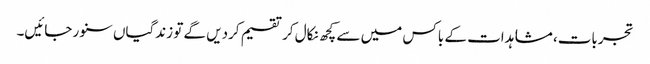
تجربات، مشاہدات کے باکس میں سے کچھ نکال کر تقسیم کردیں گے تو زندگیاں سنور جائیں۔